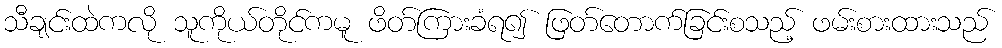
သီချင်းထဲကလို သူကိုယ်တိုင်ကမူ ဖိတ်ကြားခံရ၍ ဖြတ်တောက်ခြင်းစသည့် ဖမ်းစားထားသည်